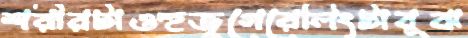
শরীরটাওহুজুগেরেলিংটাবুঝ